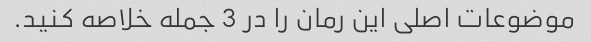
موضوعات اصلی این رمان را در 3 جمله خلاصه کنید.